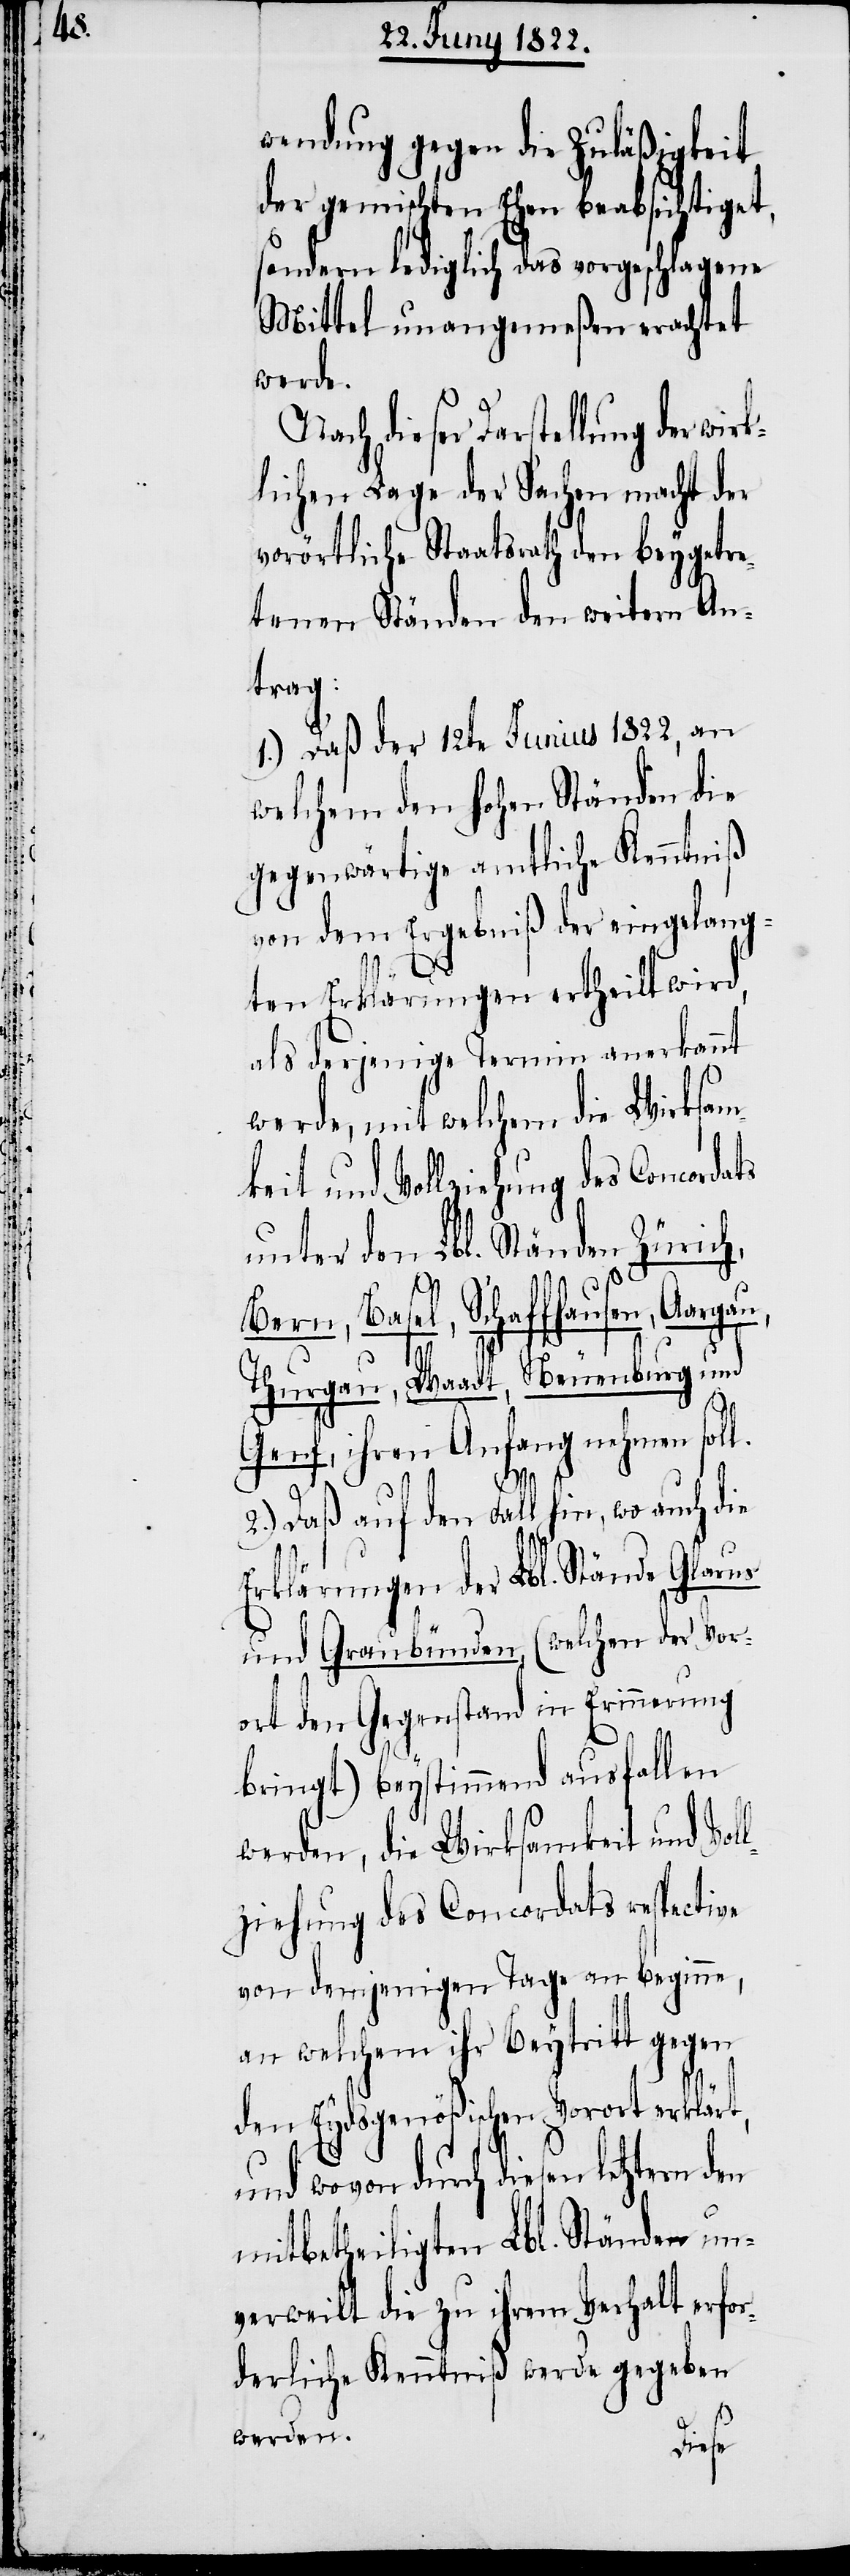
wendung gegen die Zuläßigkeit
der gemischten Ehen beabsichtiget,
sondern lediglich das vorgeschlagene
Mittel unangemeßen erachtet
werde.
dieser Darstellung der wir¬
klichen Lage der Sachen macht der
vorörtliche Staatsrath den beygetre¬
tenen Ständen den weitern An¬
trag:
1.) Daß der 12te Junius 1822, an
welchem den Hohen Ständen die
gegenwärtige amtliche Kenntniß
von dem Ergebniß der eingelang¬
ts
ten Erklärungen ertheilt wird,
als derjenige Termin anerkannt
werde, mit welchem die Wirksam¬
keit und Vollziehung des Concorda¬
unter den Lbl. Ständen Zürich,
Bern, Basel, Schaffhausen, Aarga¬
u,
Thurgau, Waadt, Neuenburg und
Genf, ihren Anfang nehmen soll.
2.) Daß auf den Fall hin, wo auch die
Erklärungen der Lbl. Stände Glarus
und Graubünden (welchen der Vor¬
ort den Gegenstand in Erinnerung
bringt) beystimmend ausfallen
werden, die Wirksamkeit und Vol¬
lziehung des Concordats respective
von demjenigen Tage an beginne,
an welchem ihr Beytritt gegen
den Eydsgenößischen Vorort erklärt,
und wovon durch diesen letztern
mitbetheiligten Lbl. Ständen un¬
verweilt die zu ihrem Verhalt erfo¬
rderliche Kenntniß werde gegeben
werden.